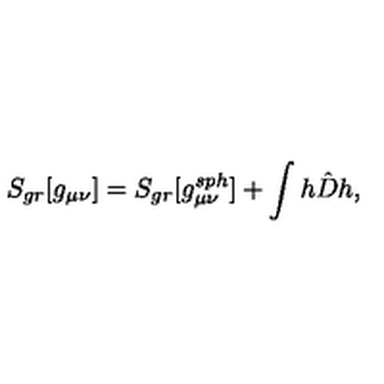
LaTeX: S _ { g r } [ g _ { \mu \nu } ] = S _ { g r } [ g _ { \mu \nu } ^ { s p h } ] + \int h \hat { D } h ,